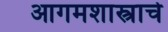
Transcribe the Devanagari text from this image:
आगमशास्त्राचे